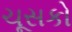
ચૂસકો